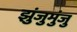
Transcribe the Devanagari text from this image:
झुंजुमुंजु